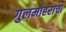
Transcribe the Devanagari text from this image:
गुलमोहराचा